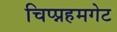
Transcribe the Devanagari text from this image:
चिप्प्नहमगेट